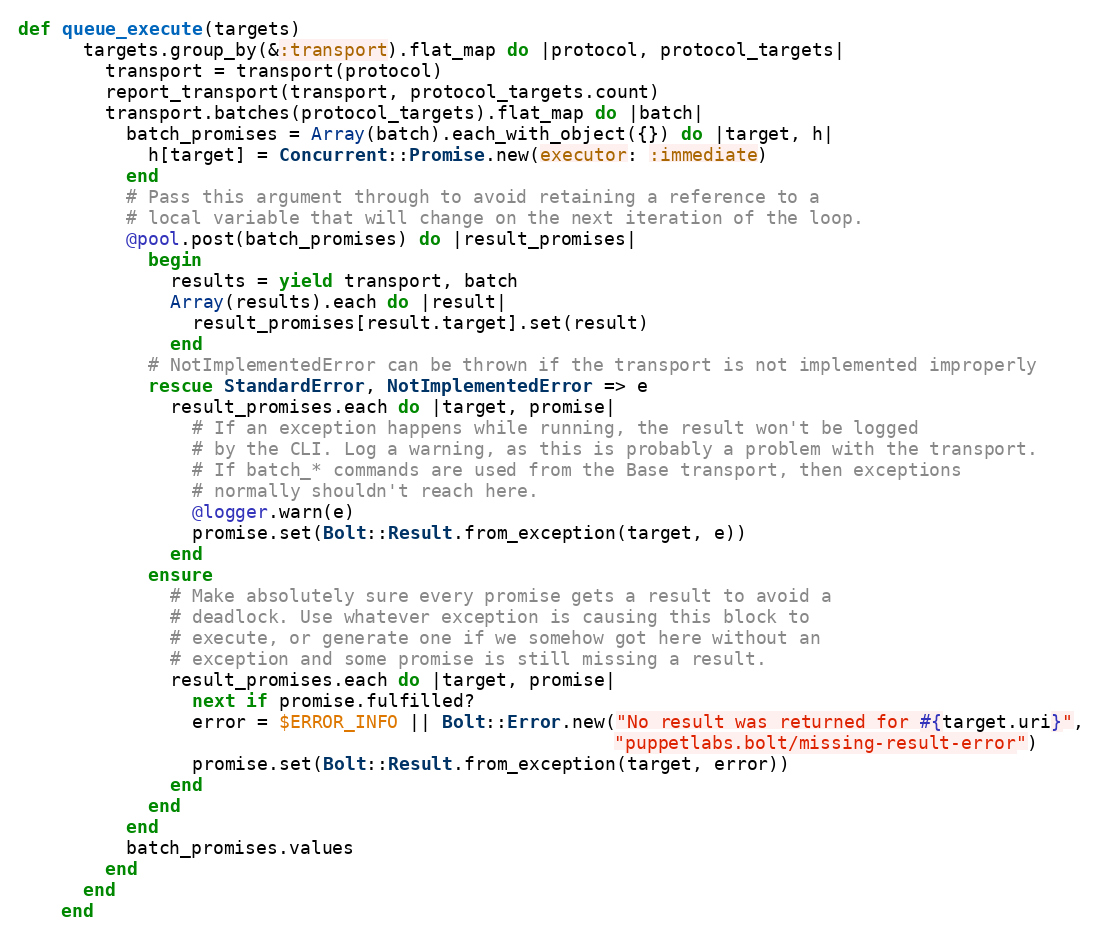
Language: Ruby
def queue_execute(targets)
      targets.group_by(&:transport).flat_map do |protocol, protocol_targets|
        transport = transport(protocol)
        report_transport(transport, protocol_targets.count)
        transport.batches(protocol_targets).flat_map do |batch|
          batch_promises = Array(batch).each_with_object({}) do |target, h|
            h[target] = Concurrent::Promise.new(executor: :immediate)
          end
          # Pass this argument through to avoid retaining a reference to a
          # local variable that will change on the next iteration of the loop.
          @pool.post(batch_promises) do |result_promises|
            begin
              results = yield transport, batch
              Array(results).each do |result|
                result_promises[result.target].set(result)
              end
            # NotImplementedError can be thrown if the transport is not implemented improperly
            rescue StandardError, NotImplementedError => e
              result_promises.each do |target, promise|
                # If an exception happens while running, the result won't be logged
                # by the CLI. Log a warning, as this is probably a problem with the transport.
                # If batch_* commands are used from the Base transport, then exceptions
                # normally shouldn't reach here.
                @logger.warn(e)
                promise.set(Bolt::Result.from_exception(target, e))
              end
            ensure
              # Make absolutely sure every promise gets a result to avoid a
              # deadlock. Use whatever exception is causing this block to
              # execute, or generate one if we somehow got here without an
              # exception and some promise is still missing a result.
              result_promises.each do |target, promise|
                next if promise.fulfilled?
                error = $ERROR_INFO || Bolt::Error.new("No result was returned for #{target.uri}",
                                                       "puppetlabs.bolt/missing-result-error")
                promise.set(Bolt::Result.from_exception(target, error))
              end
            end
          end
          batch_promises.values
        end
      end
    end